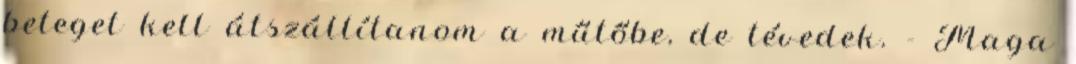
beteget kell átszállítanom a műtőbe, de tévedek. - Maga